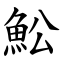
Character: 䰸